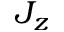
J _ { z }